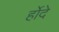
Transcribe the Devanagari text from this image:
र्होदे